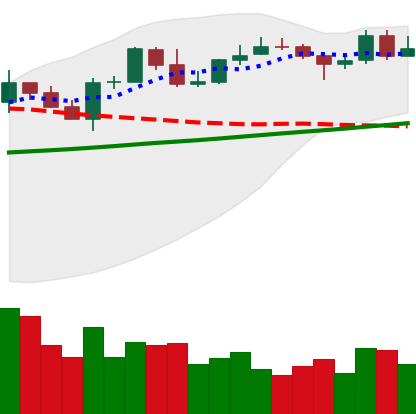
Ticker: LINK-USD
Chart end date: 2020-05-01
Forward return: -3.878%
Label: down_3_5